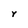
Character: Y